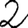
Digit: 2